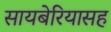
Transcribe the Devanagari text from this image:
सायबेरियासह